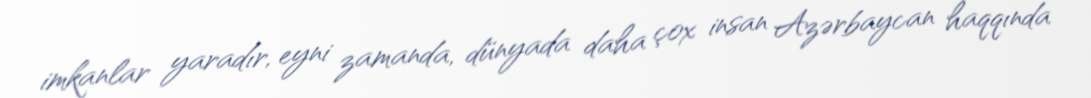
imkanlar yaradır, eyni zamanda, dünyada daha çox insan Azərbaycan haqqında